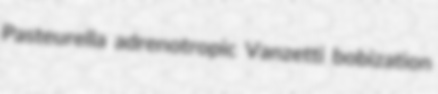
Pasteurella adrenotropic Vanzetti bobization